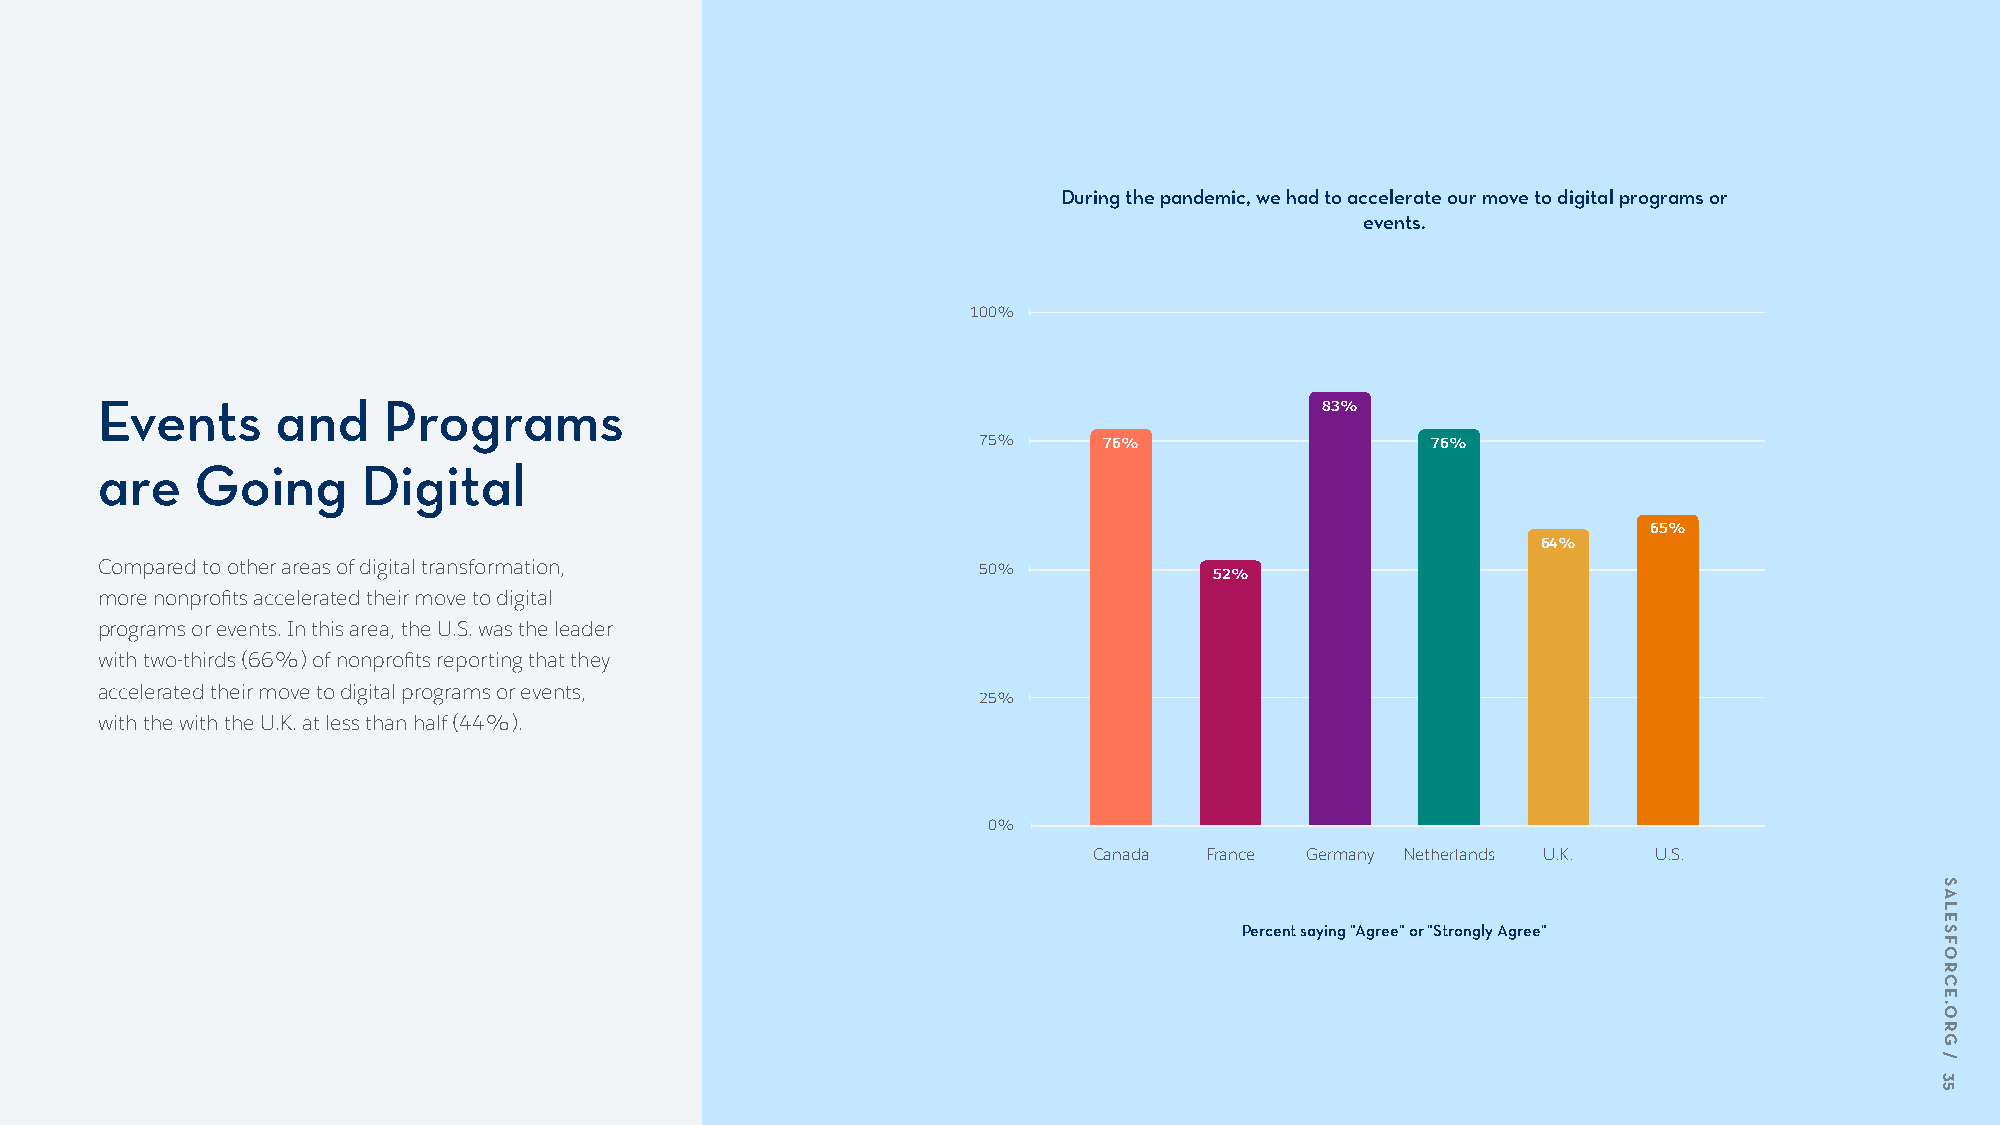
During the pandemic, we had to accelerate our move to digital programs or
 events.
 100%
 Events      and    Programs                                                       83%
 75%     76%                   76%
 are    Going      Digital
 65%
 64%
 Compared to other areas of digital transformation,         50%            52%
 more nonprofits accelerated their move to digital
 programs or events. In this area, the U.S. was the leader
 with two-thirds (66%) of nonprofits reporting that they
 accelerated their move to digital programs or events,
 25%
 with the with the U.K. at less than half (44%).
 0%
 Canada  France Germany Netherlands U.K. U.S.
 Percent saying "Agree" or "Strongly Agree"
 SALESFORCE.ORG
 /
 35